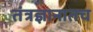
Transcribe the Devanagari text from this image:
तंत्रज्ञानातच